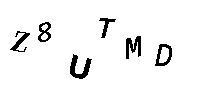
Z8UTMD